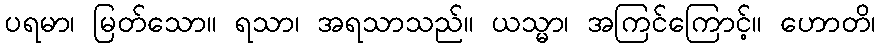
ပရမာ၊ မြတ်သော။ ရသာ၊ အရသာသည်။ ယသ္မာ၊ အကြင်ကြောင့်။ ဟောတိ၊